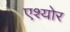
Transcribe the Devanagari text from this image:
एश्योर